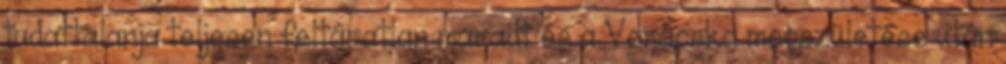
tudattalanja teljesen feltáratlan maradt és a Verácska megszületése után